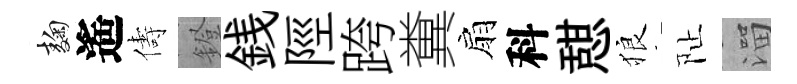
麹遙儔鐙銭陘跨糞扇科憇狼阯溜